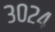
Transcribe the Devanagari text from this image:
३०२४